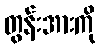
တွန်းအားကို